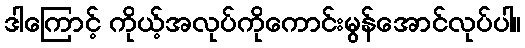
ဒါကြောင့် ကိုယ့်အလုပ်ကိုကောင်းမွန်အောင်လုပ်ပါ။